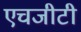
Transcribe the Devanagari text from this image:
एचजीटी